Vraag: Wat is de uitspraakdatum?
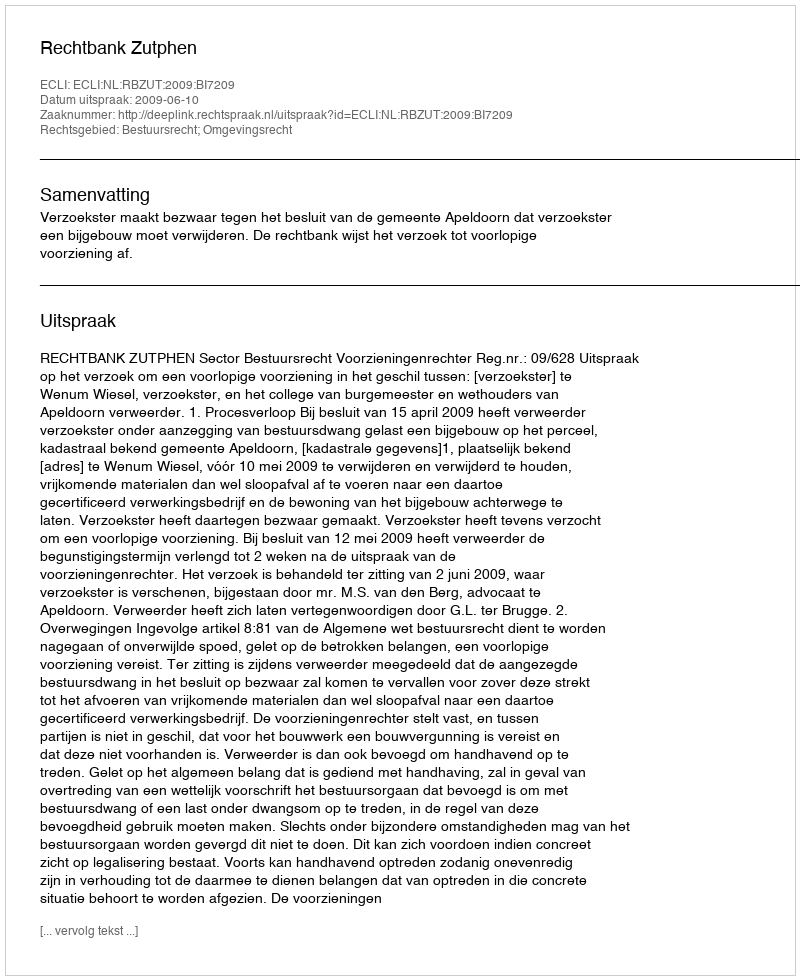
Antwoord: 2009-06-10